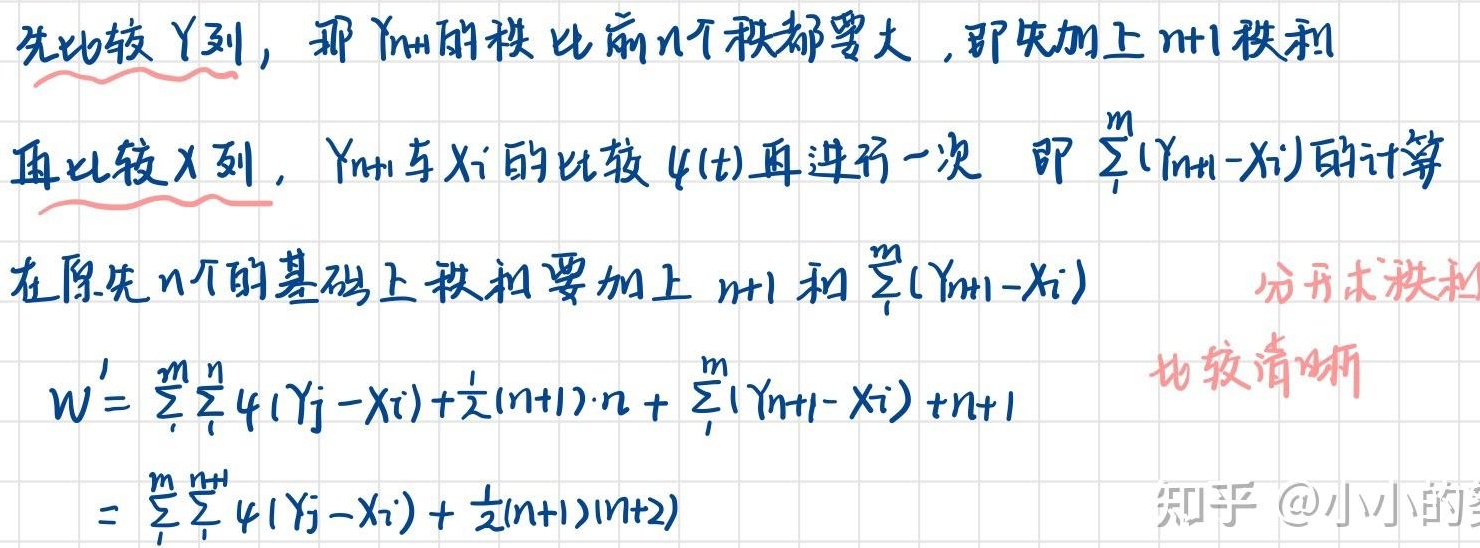
先比较 \(Y\) 列，那 \(Y_{n + 1}\) 的秩比前 \(n\) 个秩都要大，即先加上 \(n + 1\) 秩和。再比较 \(X\) 列，\(Y_{n + 1}\) 与 \(X_{i}\) 的比较 \(\psi(t)\) 再进行一次，即 \(\sum_{i}^{m}(Y_{n + 1}-X_{i})\) 的计算在原先 \(n\) 个的基础上秩和要加上 \(n + 1\) 和 \(\sum_{i}^{m}(Y_{n + 1}-X_{i})\)，分开求秩和。
\[
\begin{align*}
W^{\prime}&=\sum_{i}^{m}\sum_{j}^{n}\psi(Y_{j}-X_{i})+\frac{1}{2}(n + 1)\cdot n+\sum_{i}^{m}(Y_{n + 1}-X_{i})+n + 1\\
&=\sum_{i}^{m}\sum_{j}^{n + 1}\psi(Y_{j}-X_{i})+\frac{1}{2}(n + 1)(n + 2)
\end{align*}
\]
比较清晰。知乎 @小小的象